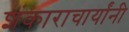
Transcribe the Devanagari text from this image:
शंकाराचार्यांनी